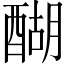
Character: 醐